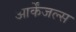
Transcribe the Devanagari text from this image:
आर्केंजल्स